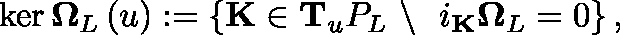
\ker \mathbf { \Omega } _ { L } \left( \mathfrak { u } \right) : = \left\{ \mathbf { K } \in \mathbf { T } _ { \mathfrak { u } } \mathbb { P } _ { L } \ \backslash \ \ i _ { \mathbf { K } } \mathbf { \Omega } _ { L } = 0 \right\} ,